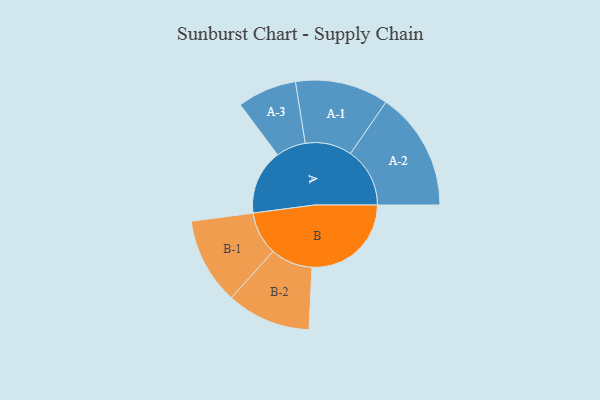
{"axis": {"x": "Segment", "y": "Value"}, "legend": ["", "A", "B"], "data": [{"x": "A", "y": 309, "type": ""}, {"x": "B", "y": 472, "type": ""}, {"x": "A-1", "y": 222, "type": "A"}, {"x": "A-2", "y": 282, "type": "A"}, {"x": "A-3", "y": 141, "type": "A"}, {"x": "B-1", "y": 206, "type": "B"}, {"x": "B-2", "y": 200, "type": "B"}]}